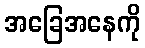
အခြေအနေကို